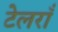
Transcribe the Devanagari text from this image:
टेलराँ